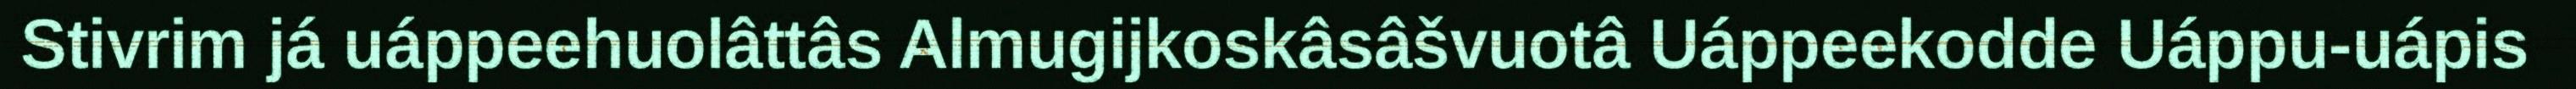
Stivrim já uáppeehuolâttâs Almugijkoskâsâšvuotâ Uáppeekodde Uáppu-uápis